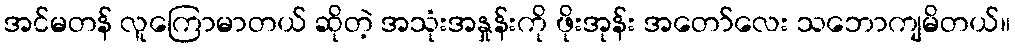
အင်မတန် လူကြောမာတယ် ဆိုတဲ့ အသုံးအနှုန်းကို ဖိုးအုန်း အတော်လေး သဘောကျမိတယ်။